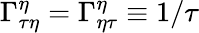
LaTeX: \Gamma_{\tau\eta}^{\eta}=\Gamma_{\eta\tau}^{\eta}\equiv 1/\tau